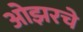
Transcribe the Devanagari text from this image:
ओझरचे